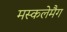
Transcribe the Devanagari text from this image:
मस्कलेमैग